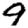
Digit: 9